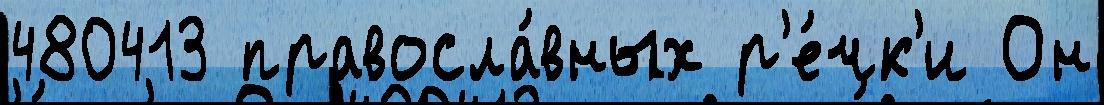
480413 правосла́вных р'е́чк'и Он